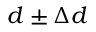
d \pm \Delta d